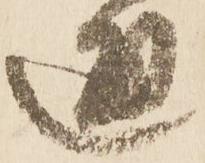
通